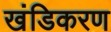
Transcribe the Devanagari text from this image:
खंडिकरण